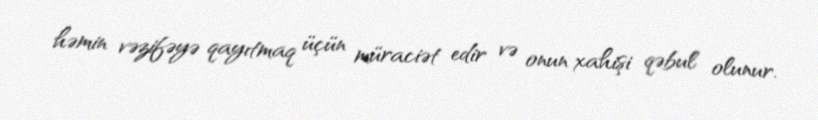
həmin vəzifəyə qayıtmaq üçün müraciət edir və onun xahişi qəbul olunur.